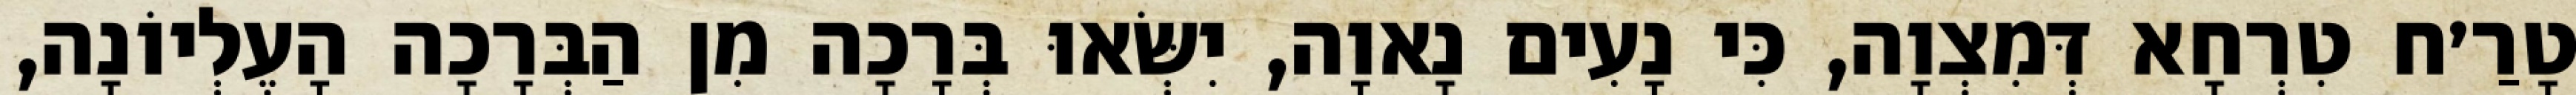
טָרַ׳ח טִרְחָא דְּמִצְוָה, כִּי נָעִים נָאוָה, יִשְּׂאוּ בְּרָכָה מִן הַבְּרָכָה הָעֶלְיוֹנָה,